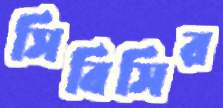
সিবিসির